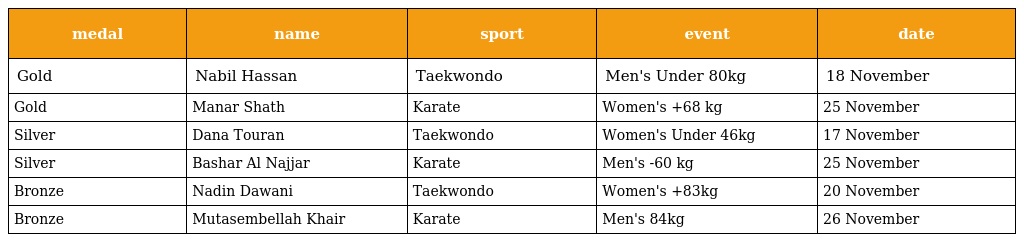
| medal | name | sport | event | date |
 | --- | --- | --- | --- | --- |
 | Gold | Nabil Hassan | Taekwondo | Men's Under 80kg | 18 November |
 | Gold | Manar Shath | Karate | Women's +68 kg | 25 November |
 | Silver | Dana Touran | Taekwondo | Women's Under 46kg | 17 November |
 | Silver | Bashar Al Najjar | Karate | Men's -60 kg | 25 November |
 | Bronze | Nadin Dawani | Taekwondo | Women's +83kg | 20 November |
 | Bronze | Mutasembellah Khair | Karate | Men's 84kg | 26 November |